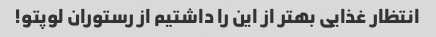
انتظار غذایی بهتر از این را داشتیم از رستوران لوپتو!